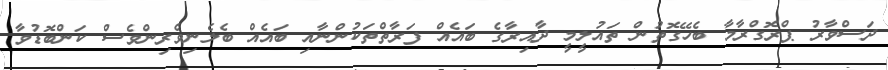
ދަސްވާރު ޕްރޮގްރާމާ ބެހޭގޮތުން ތައުލީމީ ދާއިރާގެ ބައެއް ފަރާތްތަކުންނާއި ބައެއް ބެލެނިވެރިންވެސް ކަންބޮޑުވާ